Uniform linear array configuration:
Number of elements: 16
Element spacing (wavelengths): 0.25
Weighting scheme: exponential
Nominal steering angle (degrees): -15
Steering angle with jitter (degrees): -16.512
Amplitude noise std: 0.05
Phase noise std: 0.05

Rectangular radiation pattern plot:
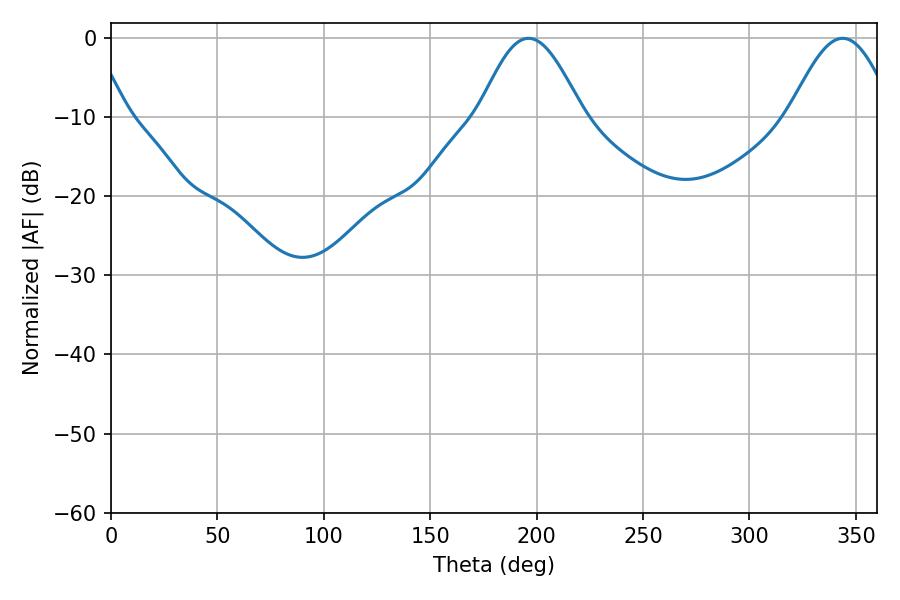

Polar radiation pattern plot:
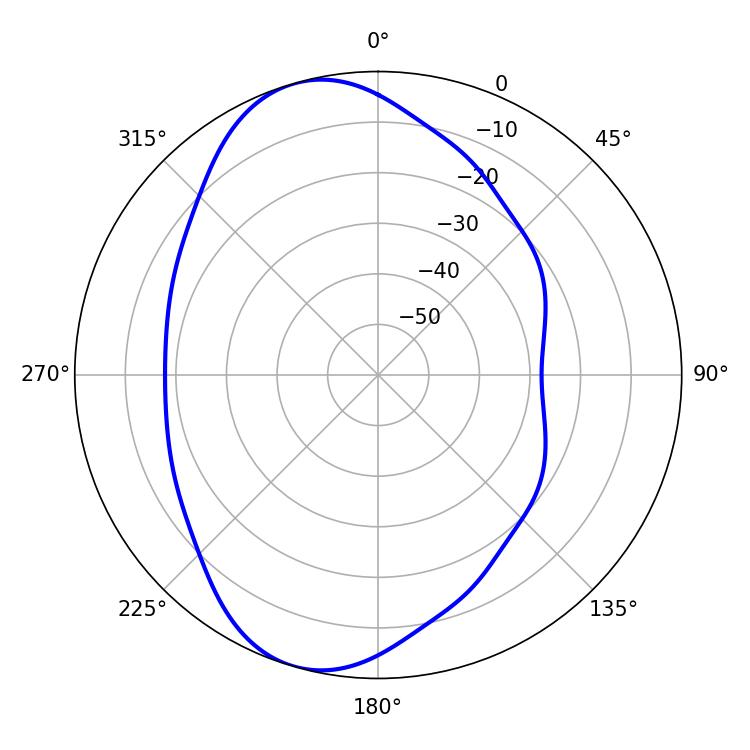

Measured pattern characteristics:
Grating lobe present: FALSE
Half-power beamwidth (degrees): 26.1
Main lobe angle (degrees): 196.2